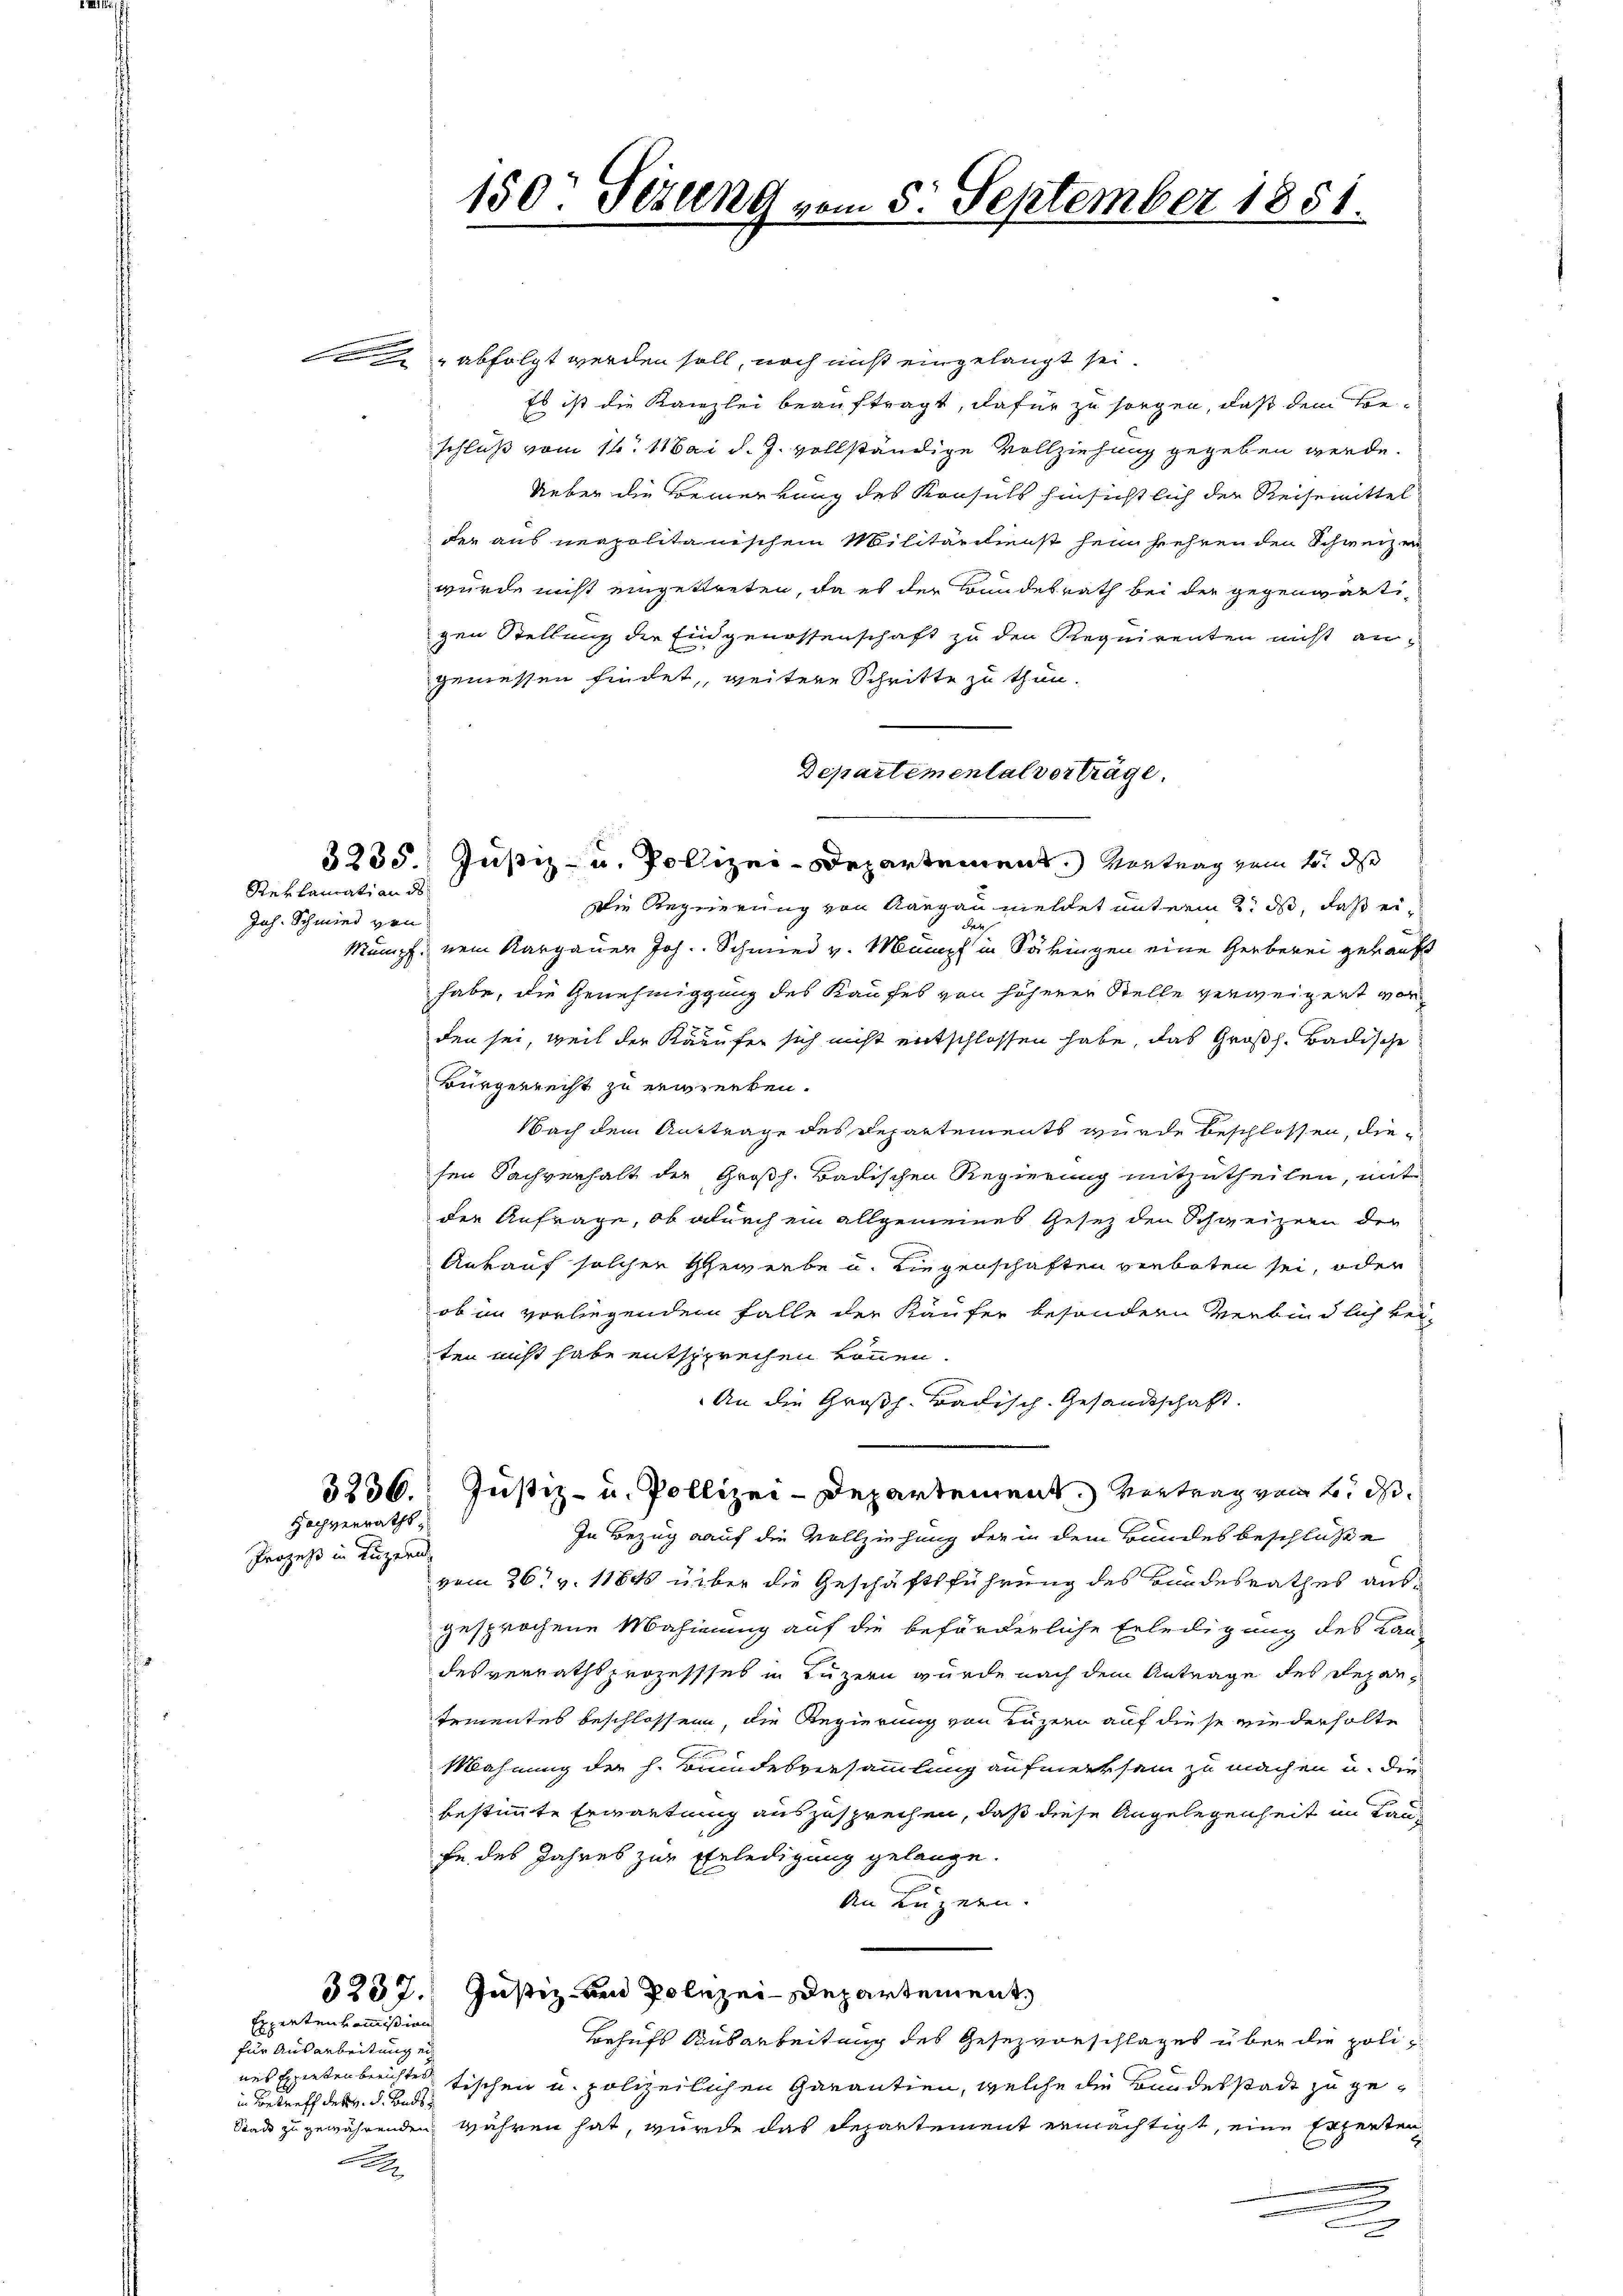
Reklamati an ds
Jah. Schmied von

Prozeß in Luzern

abfolgt werden soll, noch nicht eingelangt sei.
Es ist die Kanzlei beauftragt, dafür zu sorgen, daß dem Beschluß vom 16. Mai d. J. vollständige Vollziehung gegeben werde.
Ueber die Bemerkung des Konsuls hinsichtlich der Reisemittel
der aus neapolitanischem Militärdienst heim sehren den Schweizer
wurde nicht eingettreten, da es der Bundesrath bei der gegenwärtigen Stellung der Eingenossenschaft zu den Requirenten nicht angeniessen findet, weitere Schritte zu thun.
Departementalverträge.
3235. Justiz- u. Polizei-Departement. Vortrag zum 1. ds
Die Regierung von Aargau meldet unterm 2. ds, daß ei¬
u
Mampf nem Kargauer Joh. Schmied v. Münch in Säkingen eine Gerberei gekauft
habe, die Genehmigung des Kaufes von höherer Stelle verweigert vor
den sei, weil der Käufe sich nicht entschlossen habe, das Großh. Badische
Bürgerrecht zu erwerken.
Nach dem Auftrage des Departements wurde beschlossen, diesen Sachverhalt der Großh. Badischen Regierung mitzutheilen, mit
der Anfrage, ob durch ein allgemeines Gesetz den Schweizern der
Ankauf solchen Gewerbe u. Liegenschaften verboten sei, oder
ob im vorliegendem Falle der Käufer besondern Verbindlich keiten nicht habe entsprechen können.
An die Großh. Badisch-Gesandtschaft.
3236. Justiz- u. Pollizei-Departement. Vertrag vom 2. d.
Hochverraths,
In Bezug auf die Vollziehung der in dem Bundes beschlüsse
vom 26. v. 11845 über die Geschäftsführung des Bundesrathes aus-
gesprochene Mahnung auf die beförderliche Erledigung des Kan-
desverrathsprozessses in Luzern wurde nach dem Antrage des Repar¬
Erientes beschlossen, die Regierung von Luzern auf diese wiederholte
Mahnung der h. Bundesversammlung aufmerksam zu machen u. die
bestimmte Erwartung auszusprechen, daß diese Angelegenheit im Laufe des Jahres zur Erledigung gelange.
An Luzern.
3237. Justiz von Polizei-Departement,
Behufs Ausarbeitung des Gesezvorschlages über die poliz
nes Expertenberichtes Tischen u. polizeilichen Garantien, welche die Bundesstadt zu ge¬
Stade zu gewährenden währen hat, wurde das Departement ermächtigt, eine Experten

.

Expertenkommißion
für Ausarbeitung ei
in Betreff des v. J. Lands¬

150. Tetzung vom 5. September 1851.